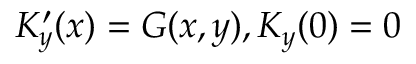
K _ { y } ^ { \prime } ( x ) = G ( x , y ) , K _ { y } ( 0 ) = 0